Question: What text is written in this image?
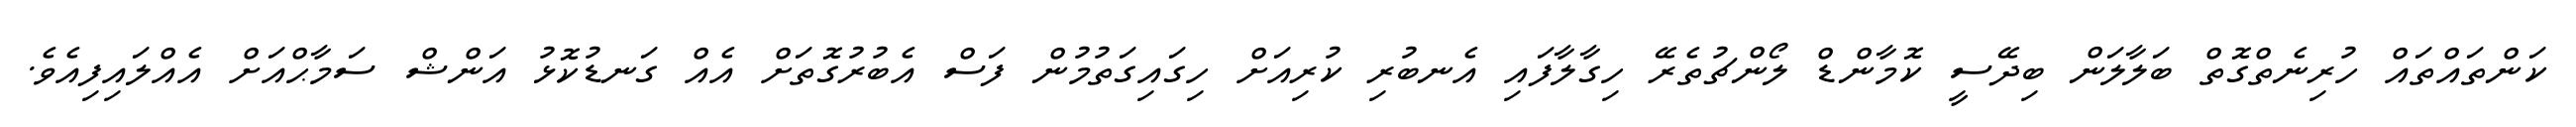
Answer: ކަންތައްތައް ހުރިނެތްގޮތް ބަލާލަން ބިދޭސީ ކޮމާންޑް ލޯންޗުތެރޭ ހިގާލާފައި އެނބުރި ކުރިއަށް ހިގައިގަތުމުން ފަސް އެބުރުގޮތަށް އެއް ގަނޑުކޮޅު އަންޝް ސަމާޙްއަށް އެއްލައިފިއެވެ.